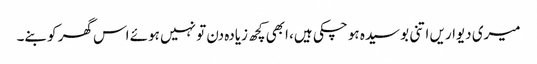
میری دیواریں اتنی بوسیدہ ہو چکی ہیں، ابھی کچھ زیادہ دن تو نہیں ہوئے اس گھر کو بنے۔